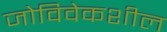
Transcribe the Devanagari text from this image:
जोविवेकशील